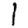
Digit: 1